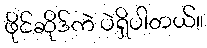
ဖိုင်ဆိုဒ်ကဲ ပဲရှိပါတယ်။